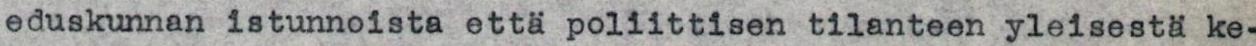
eduskunnan istunnoista että poliittisen tilanteen yleisestä ke-